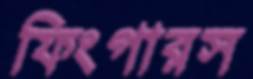
ফিংগারস